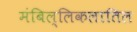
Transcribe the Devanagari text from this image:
मंबिल्लिकलातिल